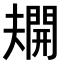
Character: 𫯿